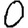
Digit: 0